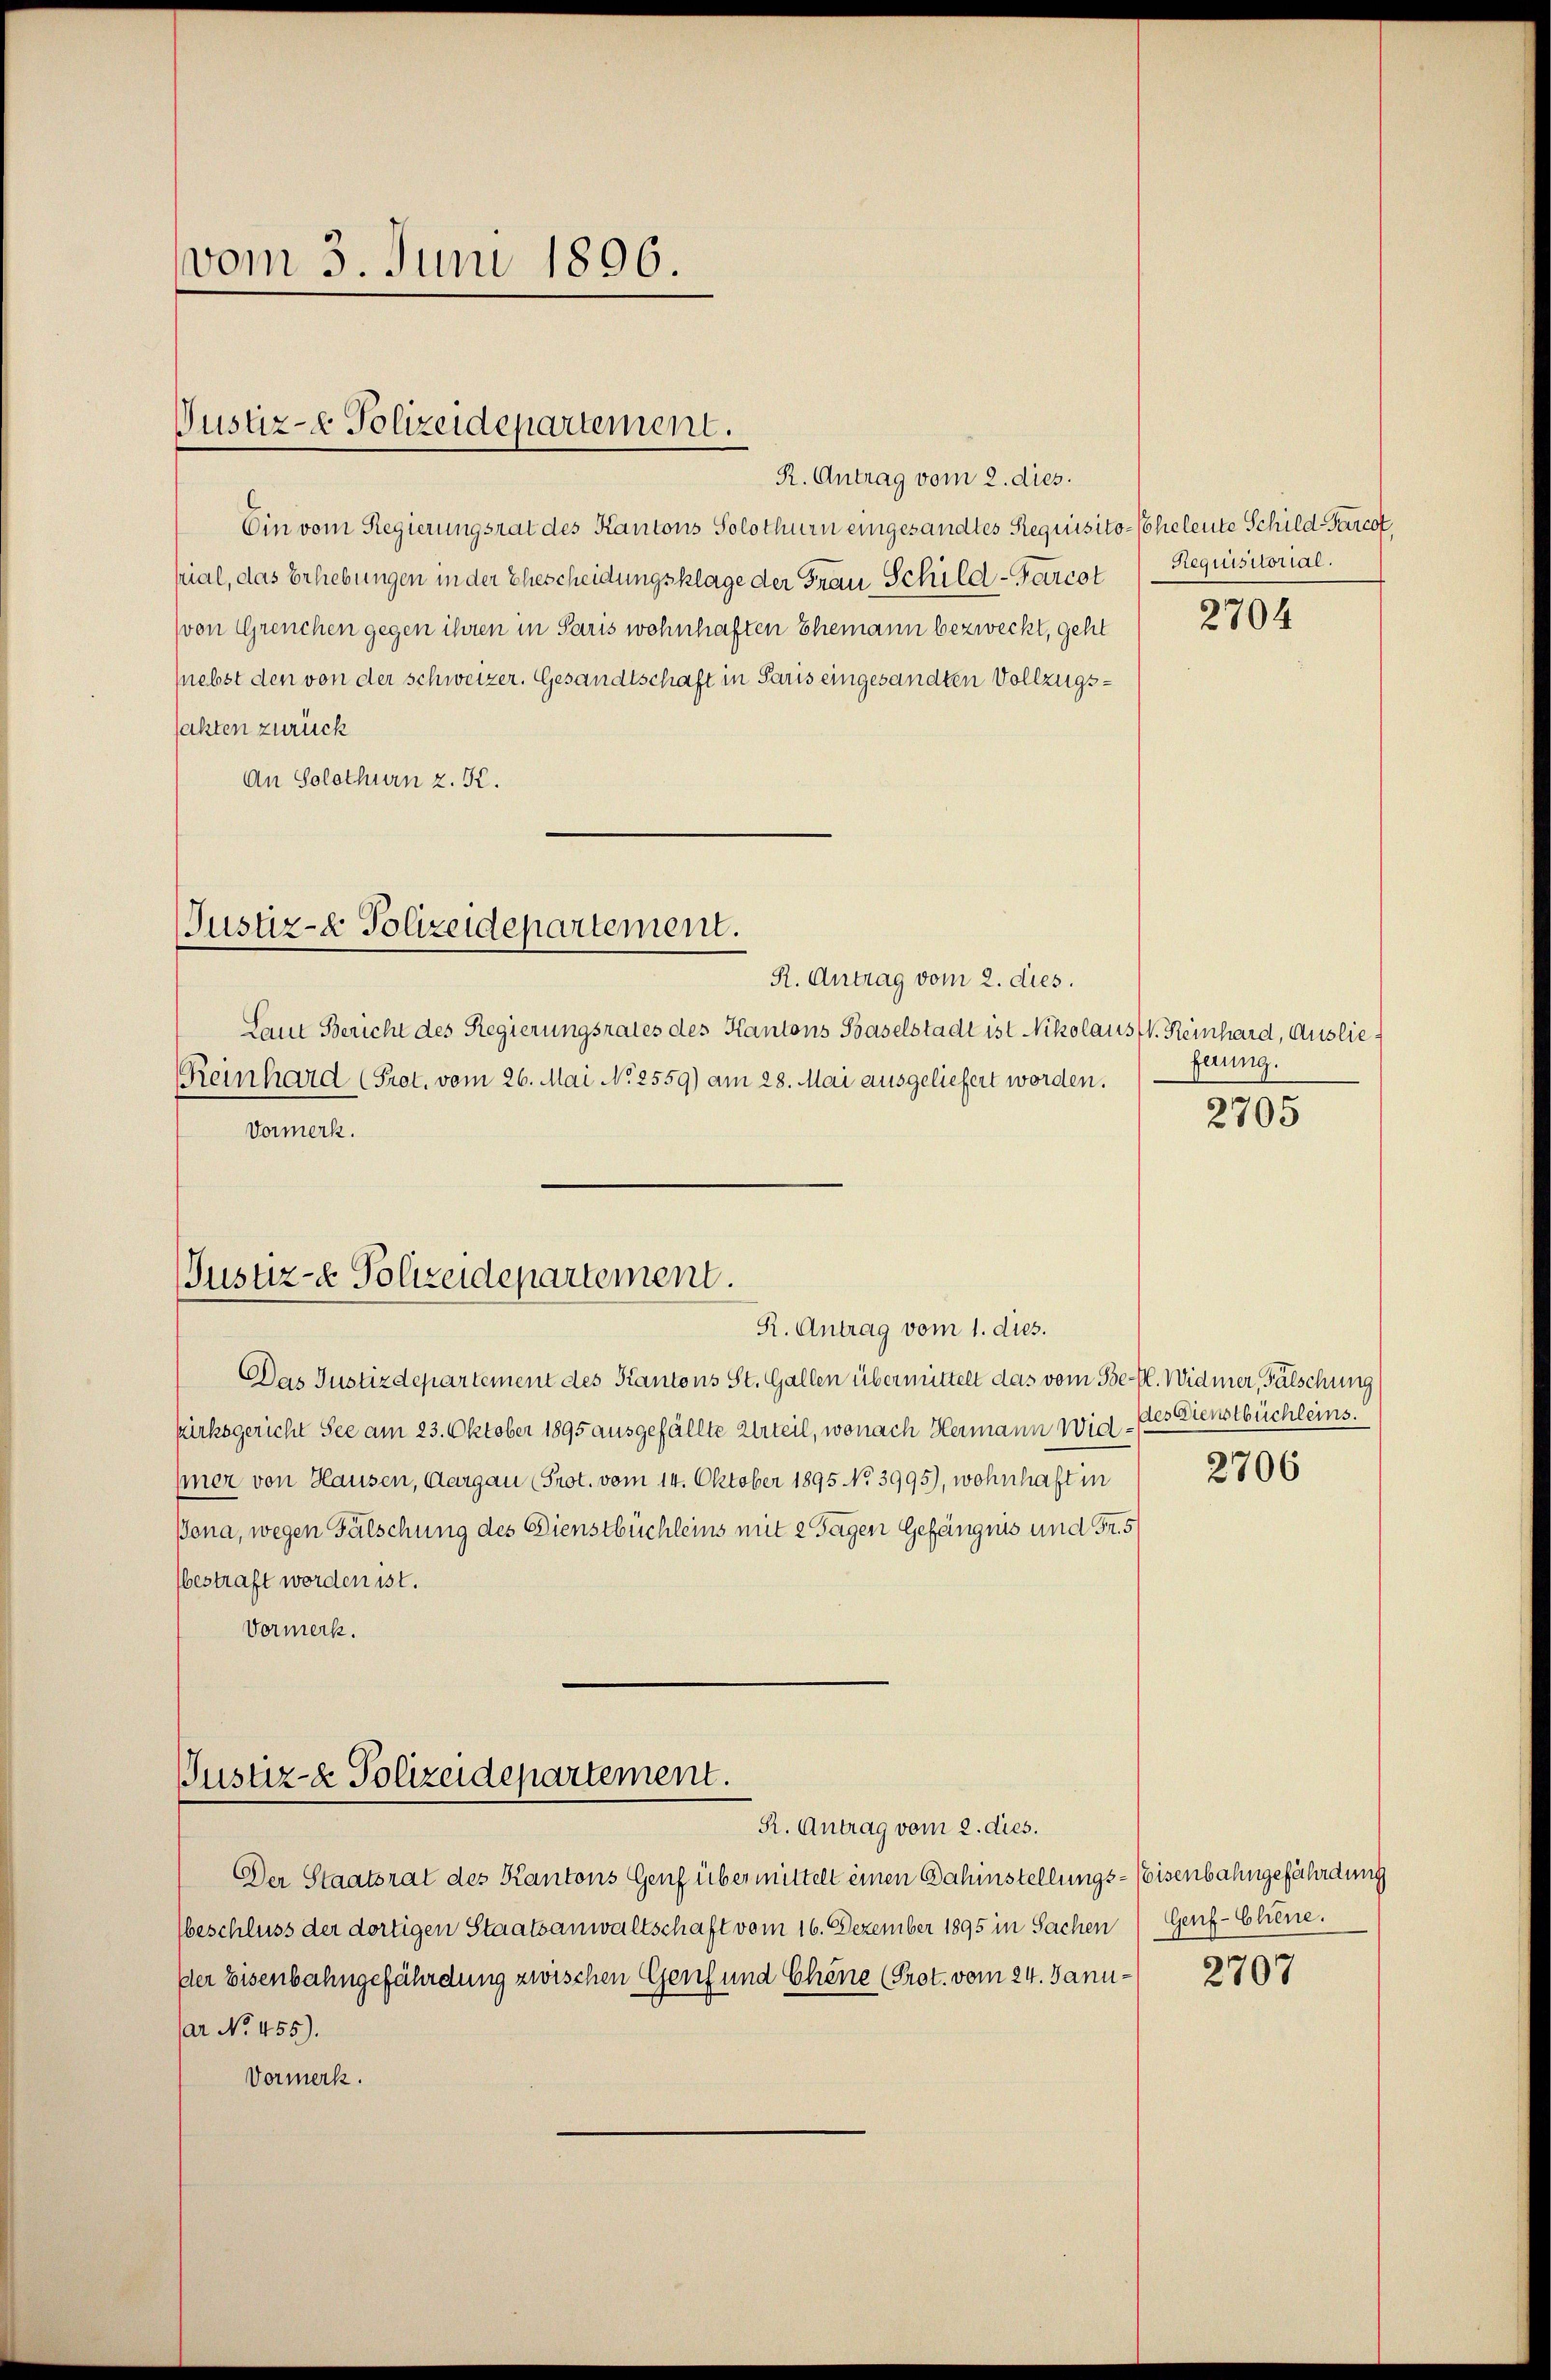
vom 3. Juni 1896.

Vustiz- & Polizeidepartement.

Ein vom Regierungsrat des Kantons Solothurn eingesandtes Requisito-Soheleute Schild Parcet,
pial, das Erhebungen in der Ehescheidungsklage der Frau Schild-Farcot) Requisitorial.
(von Greuchen gegen ihren in Paris wohnhaften Ehemann bezweckt, geht
(nebst den von der schweizer. Gesandtschaft in Paris eingesandten Vollzugssakten zurück
An Solothurn z. K.

Justiz- & Polizeidepartement.
Laut Bericht des Regierungsrates des Kantons Baselstadt ist Nikolaus V. Reinhard, Auslie¬
Reinhard (Prot. vom 26. Mai No 2559) am 28. Mai ausgeliefert worden.
Vormerk.

R. Antrag vom 2. dies.

Justiz- & Polizeidepartement.
R. Antrag vom 1. dies.

R. Antrag vom 2. dies.

Das Justizdepartement des Kantons St. Gallen übermittelt das vom Bek. Widmer, Fälschung
pirksgericht See am 23. Oktober 1895 ausgefällte Urteil, wonach Hermann wie stes Dienstbüchleins.
hner von Hausen, Aargau (Prot. vom 14. Oktober 1895 No 3995), wohnhaft in
Bona, wegen Fälschung des Dienstbüchleins mit 2 Tagen Gefängnis und Fr. 5
bestraft worden ist.
Vormerk.

Justiz- & Polizeidepartement.
R. Antrag vom 2. dies.

Der Staatsrat des Kantons Genf übermittelt einen Dahinstellungs-Eisenbahngefährdung
beschluss der dortigen Staatsanwaltschaft vom 16. Dezember 1895 in Sachen (Genf-Chene.
Der Eisenbahngefährdung zwischen Genf und Chene Prot. vom 24. Januar No. 455).
Vormerk.

2704

ferung.

2705

2706

2707